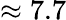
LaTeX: \approx 7.7